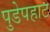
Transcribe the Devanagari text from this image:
पुडेपहाट